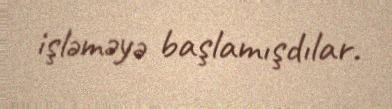
işləməyə başlamışdılar.